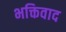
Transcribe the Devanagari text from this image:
भक्तिवाद